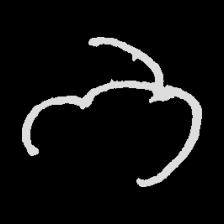
Pyu character \u2014 Myanmar letter: ဘ (romanized: bha)